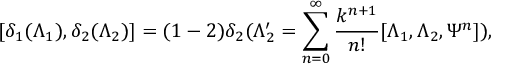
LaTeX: [ \delta _ { 1 } ( \Lambda _ { 1 } ) , \delta _ { 2 } ( \Lambda _ { 2 } ) ] = ( 1 - 2 ) \delta _ { 2 } ( \Lambda _ { 2 } ^ { \prime } = \sum _ { n = 0 } ^ { \infty } \frac { k ^ { n + 1 } } { n ! } [ \Lambda _ { 1 } , \Lambda _ { 2 } , \Psi ^ { n } ] ) ,